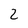
Character: 2